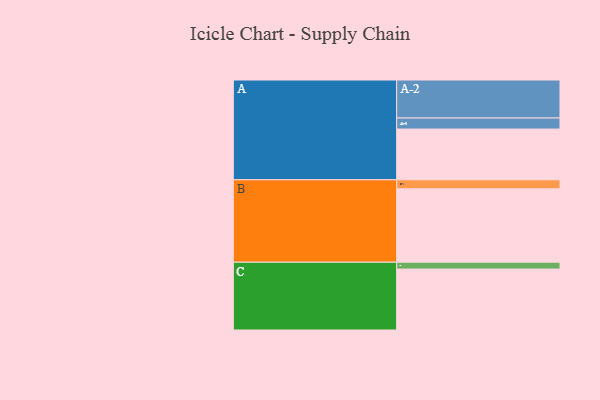
{"axis": {"x": "Segment", "y": "Value"}, "legend": ["", "A", "B", "C"], "data": [{"x": "A", "y": 371, "type": ""}, {"x": "B", "y": 537, "type": ""}, {"x": "C", "y": 446, "type": ""}, {"x": "A-1", "y": 81, "type": "A"}, {"x": "A-2", "y": 278, "type": "A"}, {"x": "B-1", "y": 66, "type": "B"}, {"x": "C-1", "y": 50, "type": "C"}]}